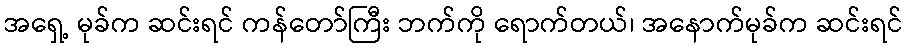
အရှေ့ မုခ်က ဆင်းရင် ကန်တော်ကြီး ဘက်ကို ရောက်တယ်၊ အနောက်မုခ်က ဆင်းရင်